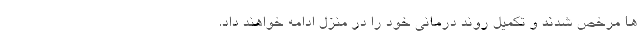
ها مرخص شدند و تکمیل روند درمانی خود را در منزل ادامه خواهند داد.